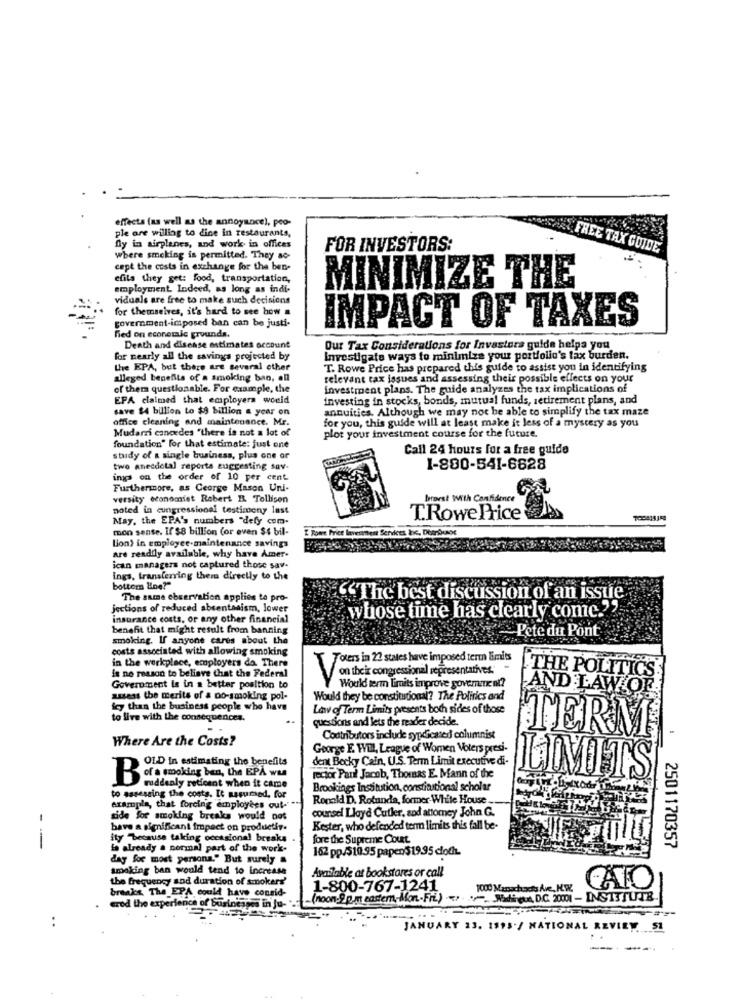
effects (as well as the annoyance), poo-
ple are willing to dine in restaurants,
fly in airplanes, and work in offices
FOR INVESTORS:
FREE TAX GUIDE
where smoking is permitted. They ao-
cept the costs in exchange for the ben-
elila they get: food, transportation,
MINIMIZE THE
employment Indeed, as long as indi-
viduals are free to make such decisions
for themselves, it's hard to see how a
IMPACT OF TAXES
government-imposed ban can be justi-
ned on econetale grounds.
Death and disease estimates account
Our Tax Considerations for Investors guide helps you
for nearly all the savings projected by
Investigate ways to minimize your portfolio's tax burden.
the EPA, but there are several other
T. Rowe Price has prepared this guide to assist you in identifying
alleged benefits of a smoking ban, anl
relevant tax issues and assessing their possible effects on your
of them questionable. For example, the
investment plans. The guide analyzes the tax implications of
EPA claimed that employers would
investing in stocks, bonds, mutual funds, retirement plans, and
save $4 billion to $9 billion a year on
annuities. Although we may not be able to simplify the tax maze
office cleaning and maintenance. Mr.
for you, this guide will at least make it less of a mystery as you
Mudarzi concedes "there is not a lot of
plot your investment course for the future.
foundation" for that estimate: just one
Call 24 hours for a free guide
study of a single business, plus one or
two anecdotal reporta suggesting sav-
1-800-541-6628
ings on the order of 10 per cent
Furthermore, as George Mason Uni-
versity economist Robert I Tollison
brest With Confidence
noted in congressional testimony last
May, the EPA's numbers "defy com.
T.Rowe Price
mon sense. If $8 billion (or even $$ bil-
I Rowe Price lavesttient Services Inc. Dbarixxx
Lion) in employee-maintenance savings
are readily available, why have Amer-
ican managers not captured those sav-
ings, transferring them directly to the
bottom Hoe?"
The same observation applies to pro-
The best discussion of an issue
jections of reduced absentnaism, lower
whose time has clearly come.""
insurance costs, or any other financial
benefit that might result from banning
smoking. If anyone cares about the
Pete du Pont
costs associated with allowing smoking
in the workplace, employers da. There
Toters in 22 states have imposed term limits
is no reason to believe that the Federal
on their congressional representatives.
THE POLITICS
Government Is in a better position to
Would term limits improve goverment?
AND LAW OF
assess the merits of a no-smoking pol-
Would they be constitucional? The Politics and
icy than the business people who have
Lav of Term Limits presents both sides of those
to live with the consequences.
questions and lets the reader decide.
TERM
Where Are the Costs?
Contributors include syndicated columnist
George E. Will, League of Women Voters presi-
OLD In estimating the benefits
dent Becky Cain, U.S. Term Limit executive di-
rector Paul Jacob, Thomas E. Mann of the
Bofo smoking ben, the EPÅ we
LIMITS
suddenly reticent when it came
Brookings Institution, constitutional scholar
to assessing the costs. It assumed, for
Ronald D. Rotunda, former-White House
rampla, that forcing employees out- **
side for smoking breaks would not
counsel Lloyd Cutler, sod attorney John G.
have a significant impact on productiv.
Kester, who defended term limits this fall be-
--
ity "because taking occasional breaks
fore the Supreme Court.
is already a normal part of the work-
162 pp/51095 papen$19.95 cloth.
2501170357
day for most persona." But surely .
smaking ban would tend to increase
the frequency sod duration of smokers'
Available at bookstores or call
breaks The EPA could have consid-
1-800-767-1241
1000 Masachusets Ave, KW.
CAIO
-(noon-9 pm eastern-Mon-Fri.) . Matteo, DIC 2001 - INSTITUTE
ered the experience
fenice of Businesses in Ju-"
. .. .
..
JANUARY 23. 1995./ NATIONAL REVIEW 51
---